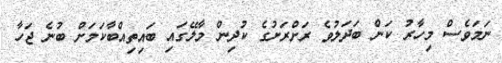
ނަމަވެސް މިހާރު ކަން ބަދަލުވެ ރަށްރަށުގެ ކުދިން މާލޭގައި ބައިތިއްބާކަމަށް ބުނެ ޖަހާ